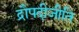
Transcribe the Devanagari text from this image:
द्रौपदीजीति